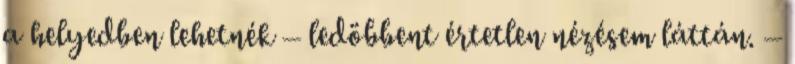
a helyedben lehetnék – ledöbbent értetlen nézésem láttán. –